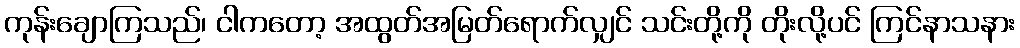
ကုန်းချောကြသည်၊ ငါကတော့ အထွတ်အမြတ်ရောက်လျှင် သင်းတို့ကို တိုးလို့ပင် ကြင်နာသနား